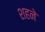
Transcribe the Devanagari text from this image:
शहने